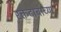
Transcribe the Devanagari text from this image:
रक्तदाबाच्या